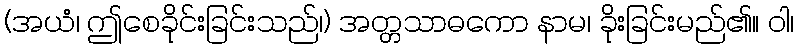
(အယံ၊ ဤစေခိုင်းခြင်းသည်၊) အတ္တသာဓကော နာမ၊ ခိုးခြင်းမည်၏။ ဝါ၊